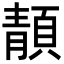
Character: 𩓨